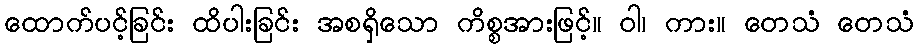
ထောက်ပင့်ခြင်း ထိပါးခြင်း အစရှိသော ကိစ္စအားဖြင့်။ ဝါ၊ ကား။ တေသံ တေသံ